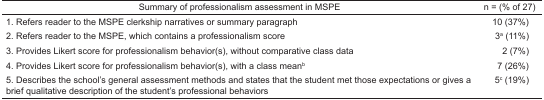
| Summary of professionalism assessment in MSPE | n = (% of 27) |
 | --- | --- |
 | 1. Refers reader to the MSPE clerkship narratives or summary paragraph | 10 (37%) |
 | 2. Refers reader to the MSPE, which contains a professionalism score | 3a (11%) |
 | 3. Provides Likert score for professionalism behavior(s), without comparative class data | 2 (7%) |
 | 4. Provides Likert score for professionalism behavior(s), with a class meanb | 7 (26%) |
 | 5. Describes the school’s general assessment methods and states that the student met those expectations or gives a brief qualitative description of the student’s professional behaviors | 5c (19%) |